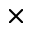
\times